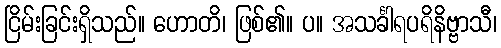
ငြိမ်းခြင်းရှိသည်။ ဟောတိ၊ ဖြစ်၏။ ပ။ အသင်္ခါရပရိနိဗ္ဗာသီ၊